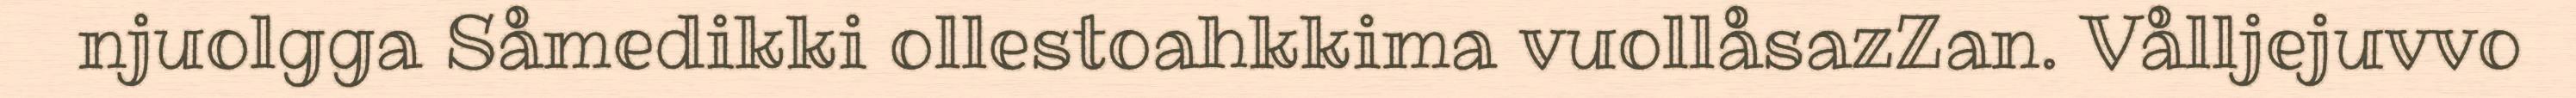
njuolgga Såmedikki ollestoahkkima vuollåsazZan. Vålljejuvvo